Medical and sanitary report of the native army of Madras for the year
Year: 1876
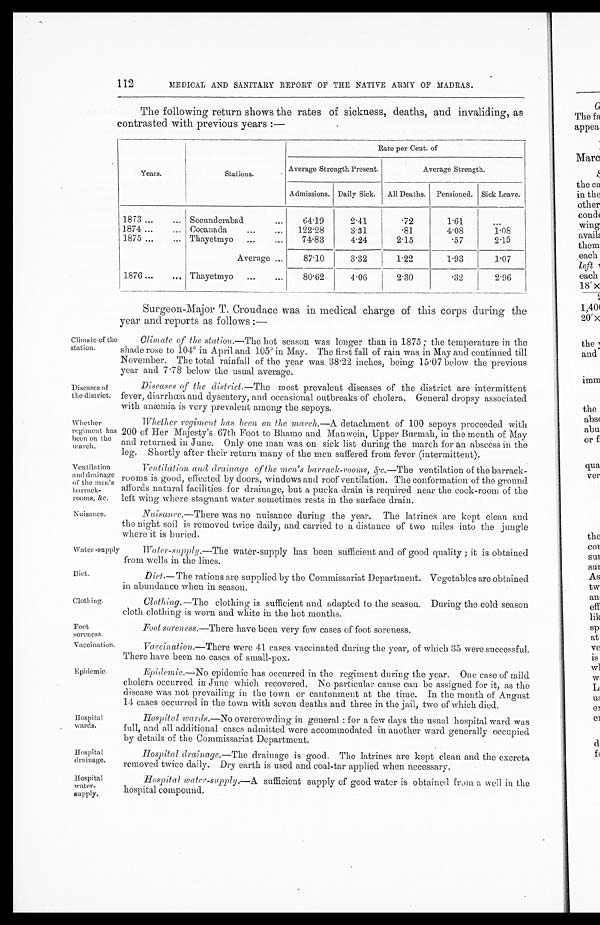
112
MEDICAL AND SANITARY REPORT OF THE NATIVE ARMY OF MADRAS.
The following return shows the rates of sickness, deaths, and invaliding, as
contrasted with previous years :—
Years.
Stations.
Rate per Cent. of
Average Strength Present.
Average Strength.
Admissions. Daily Sick. All Deaths. Pensioned. Sick Leave.
1873 ...
... Secunderabad
...
64.19
2.41
.72
1.61
1874 ...
... Cocanada
...
...
122.28
3.31
.81
4.08
1.08
1875 ...
... Thayetmyo
...
...
74.83
4.24
2.15
.57
2.15
Average ...
87.10
3.32
1.22
1.93
1.07
1876 ...
... Thayetmyo
...
...
80.62
4.06
2.30
.32
2.96
Climate of the
station.
Diseases of
the district.
Whether
regiment hat
been on the
march.
Ventilation
and drainage
of the men's
barrack-
&.c.
Nuisance.
Water -supply
Diet.
Clothing.
Font
soreness.
Vaccination.
Epidemic.
hospital
wards.
Hospital
drainage.
Hospital
water-
supply.
Surgeon-Major T. Croudace was in medical charge of this corps during the
year and reports as follows :
—
Climate of the station. —The hot season was longer than in 1875 ; the temperature in the
shade rose to 104° in April and 105° in May. The first fall of rain was in May and continued till
November. The total rainfall of the year was 38.22 inches, being 15.07 below the previous
year and 7.78 below the usual average.
Diseases of the district .—The most prevalent diseases of the district are intermittent
fever, diarrhœa and dysentery, and occasional outbreaks of cholera. General dropsy associated
with anæmia is very prevalent among the sepoys.
Whether regiment has been on the march .—A detachment of 100 sepoys proceeded with
200 of Her Majesty's 67th Foot to Bhamo and Manwein, Upper Burmah, in the month of May
and returned in June. Only one man was on sick list during the march for an abscess in the
leg. Shortly after their return many of the men suffered from fever (intermittent).
Ventilation and drainage of the men's barrack-rooms, &.c.—The ventilation of the barrack-
rooms is good, effected by doors, windows and roof ventilation. The conformation of the ground
affords natural facilities for drainage, but a pucka drain is required near the cook-room of the
left wing where stagnant water sometimes rests in the surface drain.
Nuisance .—There was no nuisance during the year. The latrines are kept clean and
the night soil is removed twice daily, and carried to a distance of two miles into the jungle
where it is buried.
Water-supply .—The water-supply has been sufficient and of good quality ; it is obtained
from wells in the lines.
Diet .— The rations are supplied by the Commissariat Department. Vegetables are obtained
in abundance when in season.
Clothing.—The clothing is sufficient and adapted to the season. During the cold season
cloth clothing is worn and white in the hot months.
Foot soreness .—There have been very few cases of foot soreness.
Vaccination.—There were 41 cases vaccinated during the year, of which 35 were successful.
There have been no cases of small-pox.
Epidemic.—No epidemic has occurred in the regiment during the year. One case of mild
cholera occurred in June which recovered. No particular cause can be assigned for it, as the
disease was not prevailing in the town or cantonment at the time. In the month of August
14 cases occurred in the town with seven deaths and three in the jail, two of which died.
Hospital wards.—No overcrowding in general : for a few days the usual hospital ward was
full, and all additional cases admitted were accommodated in another ward generally occupied
by details of the Commissariat Department.
Hospital drainage .—The drainage is good. The latrines are kept clean and the excreta
removed twice daily. Dry earth is used and coal-tar applied when necessary.
Hospital water-supply .—A sufficient supply of good water is obtained from a well in the
hospital compound.